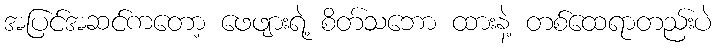
အပြင်အဆင်ကတော့ ဖေဖျားရဲ့ စိတ်သဘော ထားနဲ့ တစ်ထေရာတည်းပဲ